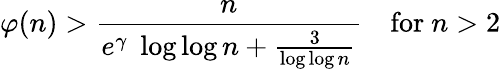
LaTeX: \varphi(n)>{\frac{n}{e^{\gamma}\; \log\log n+{\frac{3}{\log\log n}}}}\quad{\mathrm{for~}}n>2